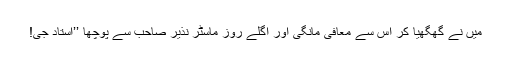
میں نے گھگھیا کر اُس سے معافی مانگی اور اگلے روز ماسٹر نذیر صاحب سے پوچھا ’’اُستاد جی!